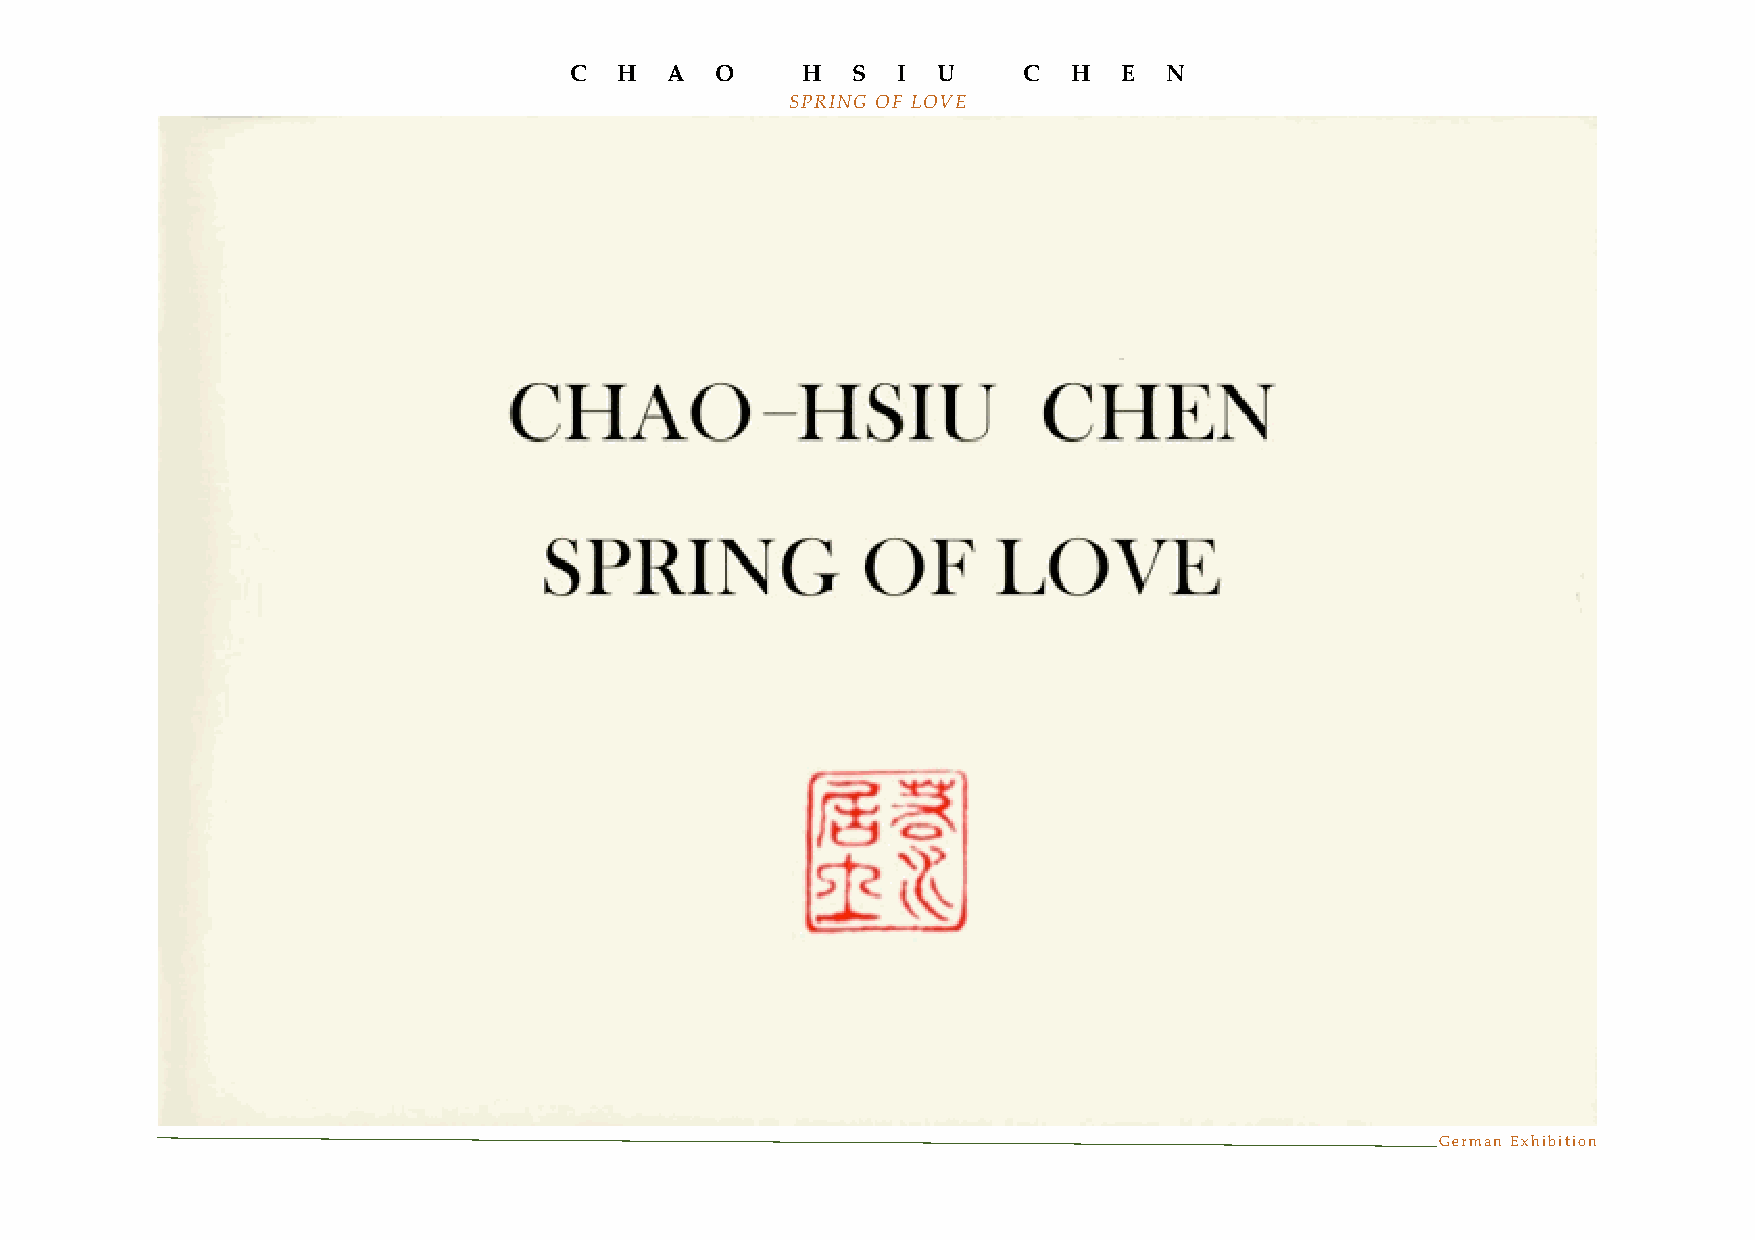
C  H  A  O     H  S  I  U     C  H  E  N
 SPRING OF LOVE
 German Exhibition